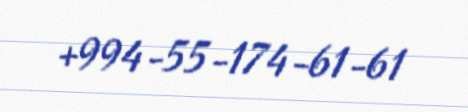
+994-55-174-61-61